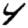
Digit: 4